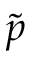
\tilde { p }